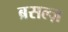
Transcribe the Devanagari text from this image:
ब्रसल्ज़